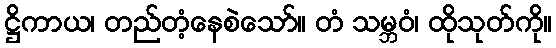
ဋ္ဌိကာယ၊ တည်တံ့နေစဲသော်။ တံ သမ္ဘဝံ၊ ထိုသုတ်ကို။